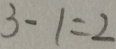
3 - 1 = 2